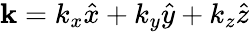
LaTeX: \mathbf{k}=k_{x}\hat{x}+k_{y}\hat{y}+k_{z}\hat{z}